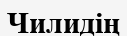
Чилидің